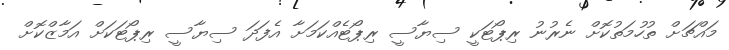
މައްޗަށް ތުހުމަތުކޮށް ނެރުނު ރިޕޯޓަކީ ސިޔާސީ ރިޕޯޓެއްކަމަށާ އެފަދަ ސިޔާސީ ރިޕޯޓަކަށް އަމާޒްކޮށް